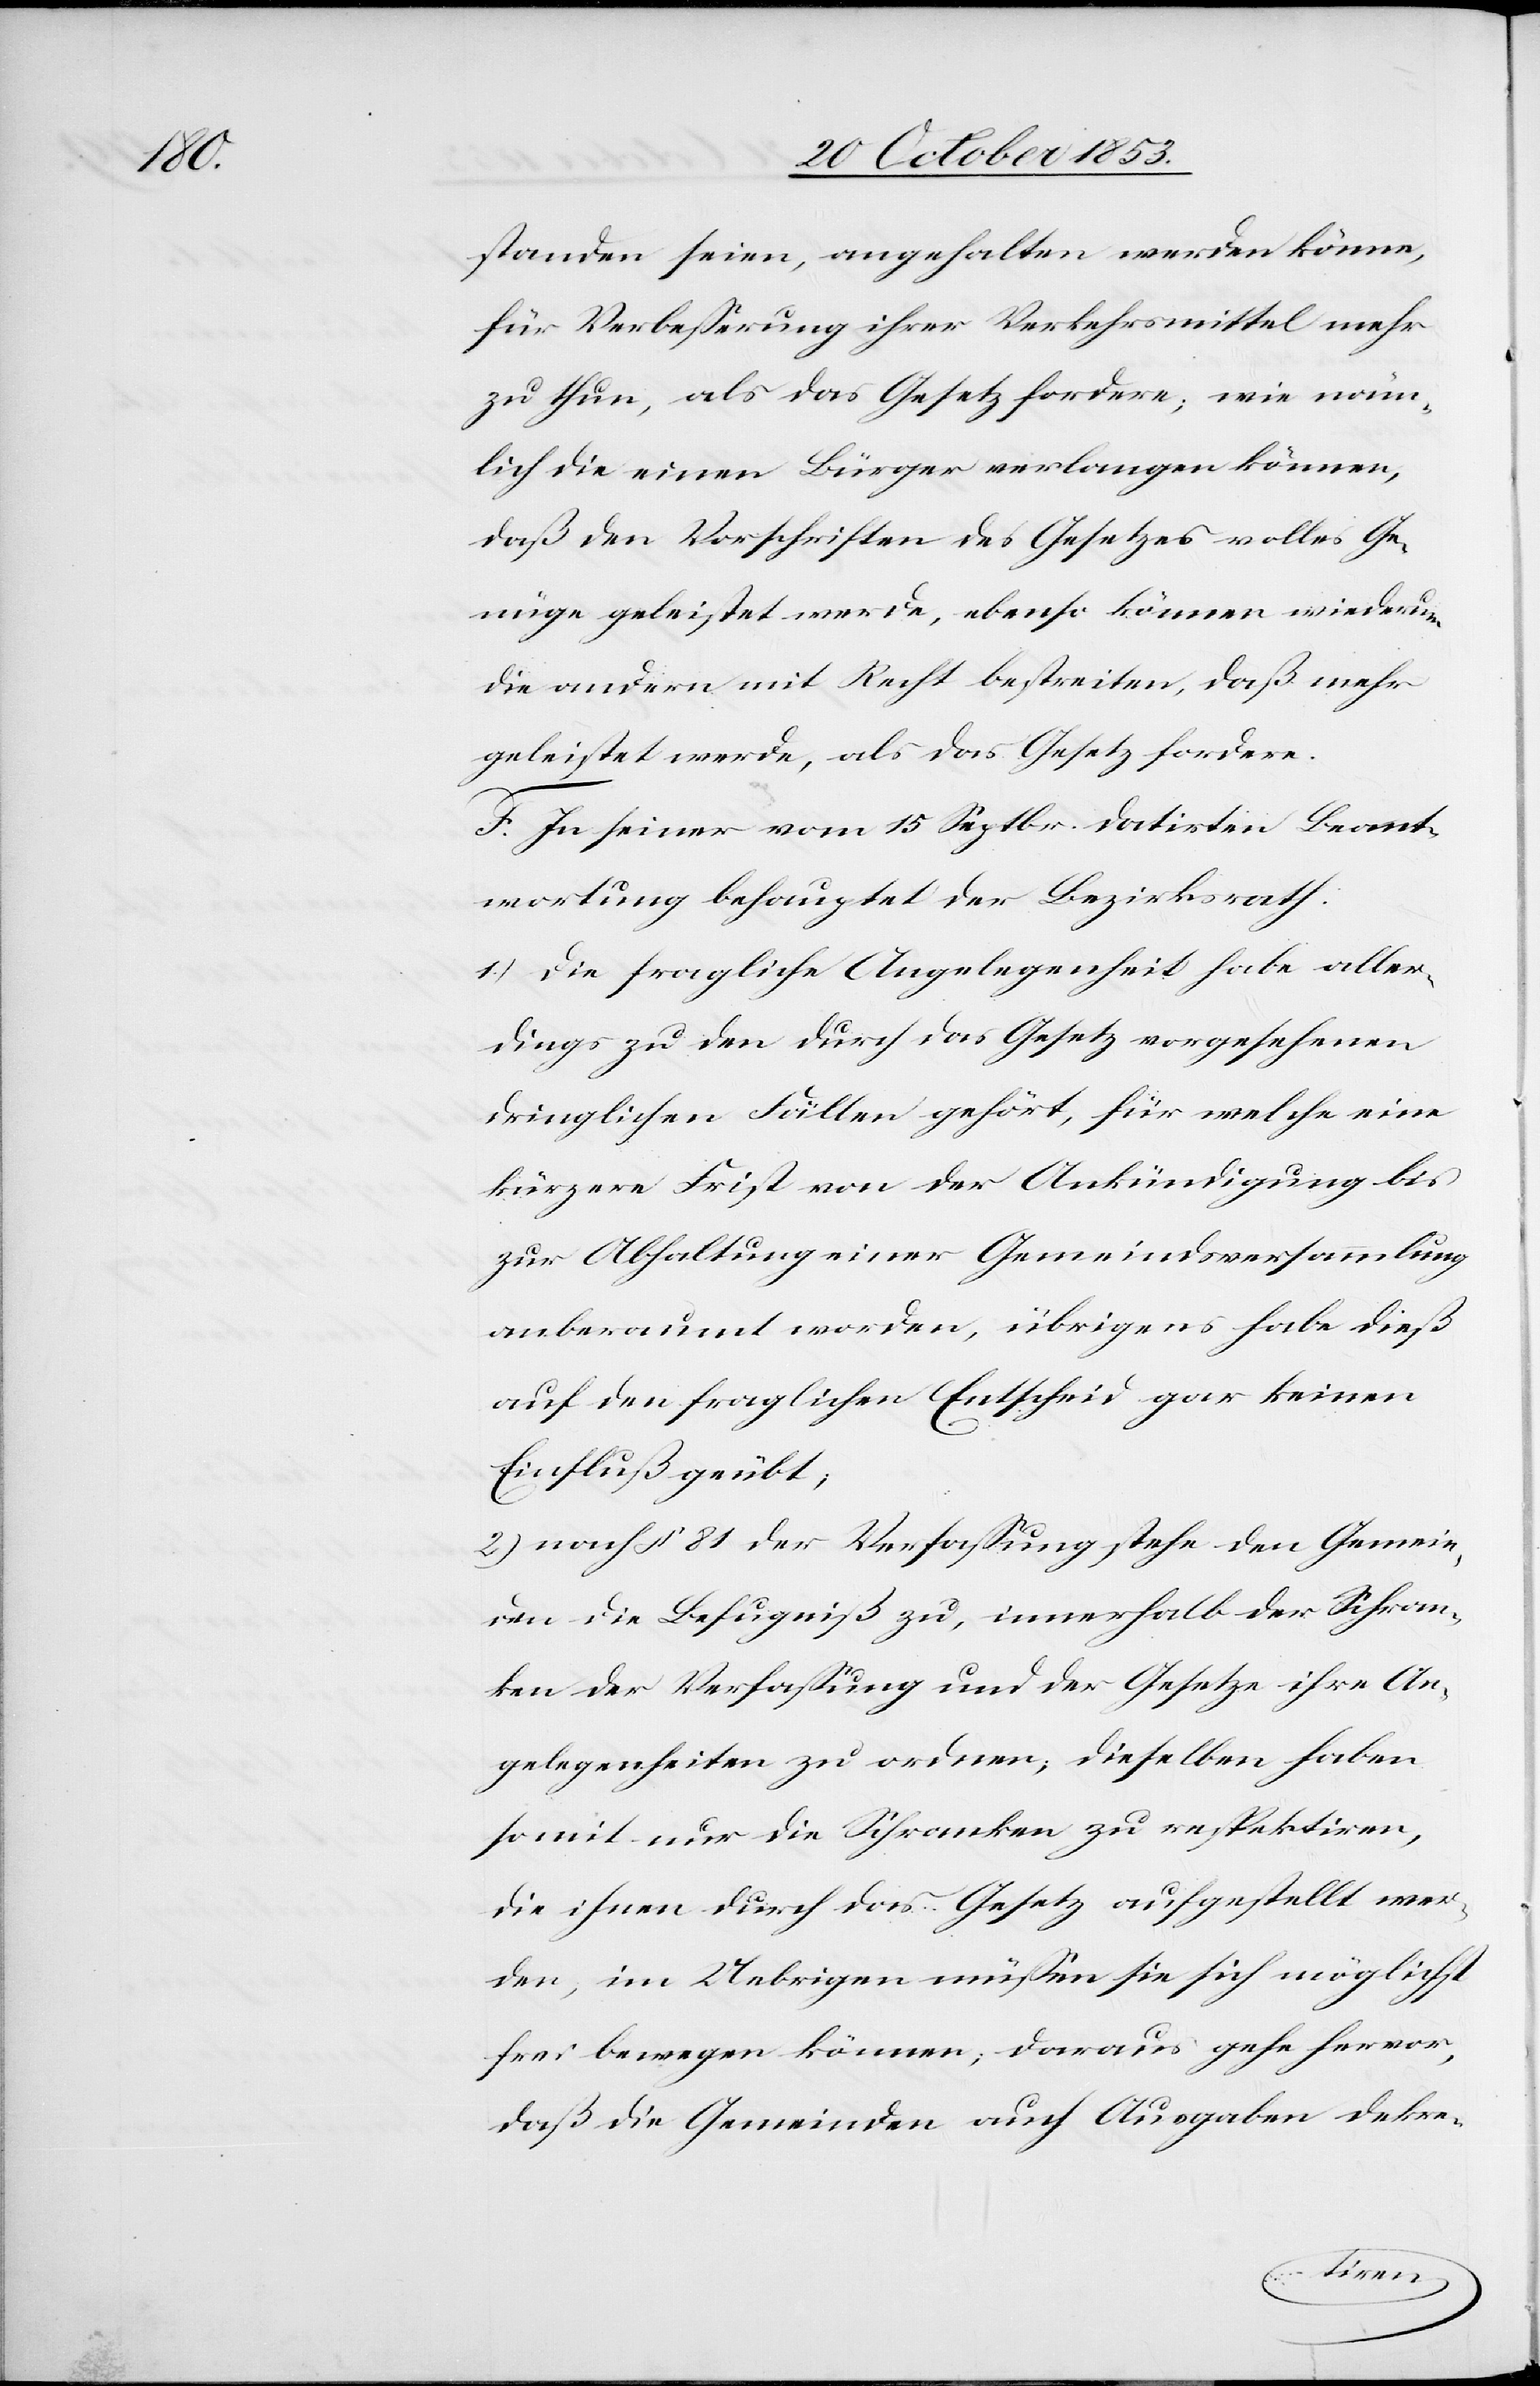
standen seien, angehalten werden könne,
für Verbeßerung ihrer Verkehrsmittel mehr
zu thun, als das Gesetz fordere, wie näm¬
lich die einen Bürger verlangen können,
daß den Vorschriften des Gesetzes volles Ge¬
nüge geleistet werde, ebenso können wiederum
die andern mit Recht bestreiten, daß mehr
geleistet werde, als das Gesetz fordere.
F. In seiner vom 15 Septr. datirten Beant¬
wortung behauptet der Bezirksrath:
1) Die fragliche Angelegenheit habe aller¬
dings zu den durch das Gesetz vorgesehenen
dringlichen Fällen gehört, für welche eine
kürzere Frist von der Ankündigung bis
zur Abhaltung einer Gemeindsversammlung
anberaumt werden, übrigens habe dieß
auf den fraglichen Entscheid gar keinen
Einfluß geübt;
2) nach § 81 der Verfaßung stehe den Gemein¬
den die Befugniß zu, innerhalb der Schran¬
ken der Verfaßung und der Gesetze ihre An¬
gelegenheiten zu ordnen; dieselben haben
somit nur die Schranken zu respektiren,
die ihnen durch das Gesetz aufgestellt wer¬
den, im Uebrigen müßen sie sich möglichst
frei bewegen können, daraus gehe hervor,
daß die Gemeinden auch Ausgaben dekre-